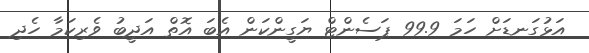
އަޅުގަނޑަށް ހަމަ 99.9 ޕަސެންޓް ޔަގީންކަން އެބަ އޮތް އަދީބު ވެރިކަމާ ހެދި